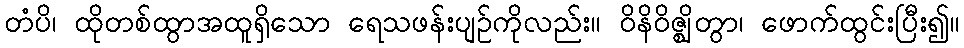
တံပိ၊ ထိုတစ်ထွာအထူရှိသော ရေသဖန်းပျဉ်ကိုလည်း။ ဝိနိဝိဇ္ဈိတွာ၊ ဖောက်ထွင်းပြီး၍။